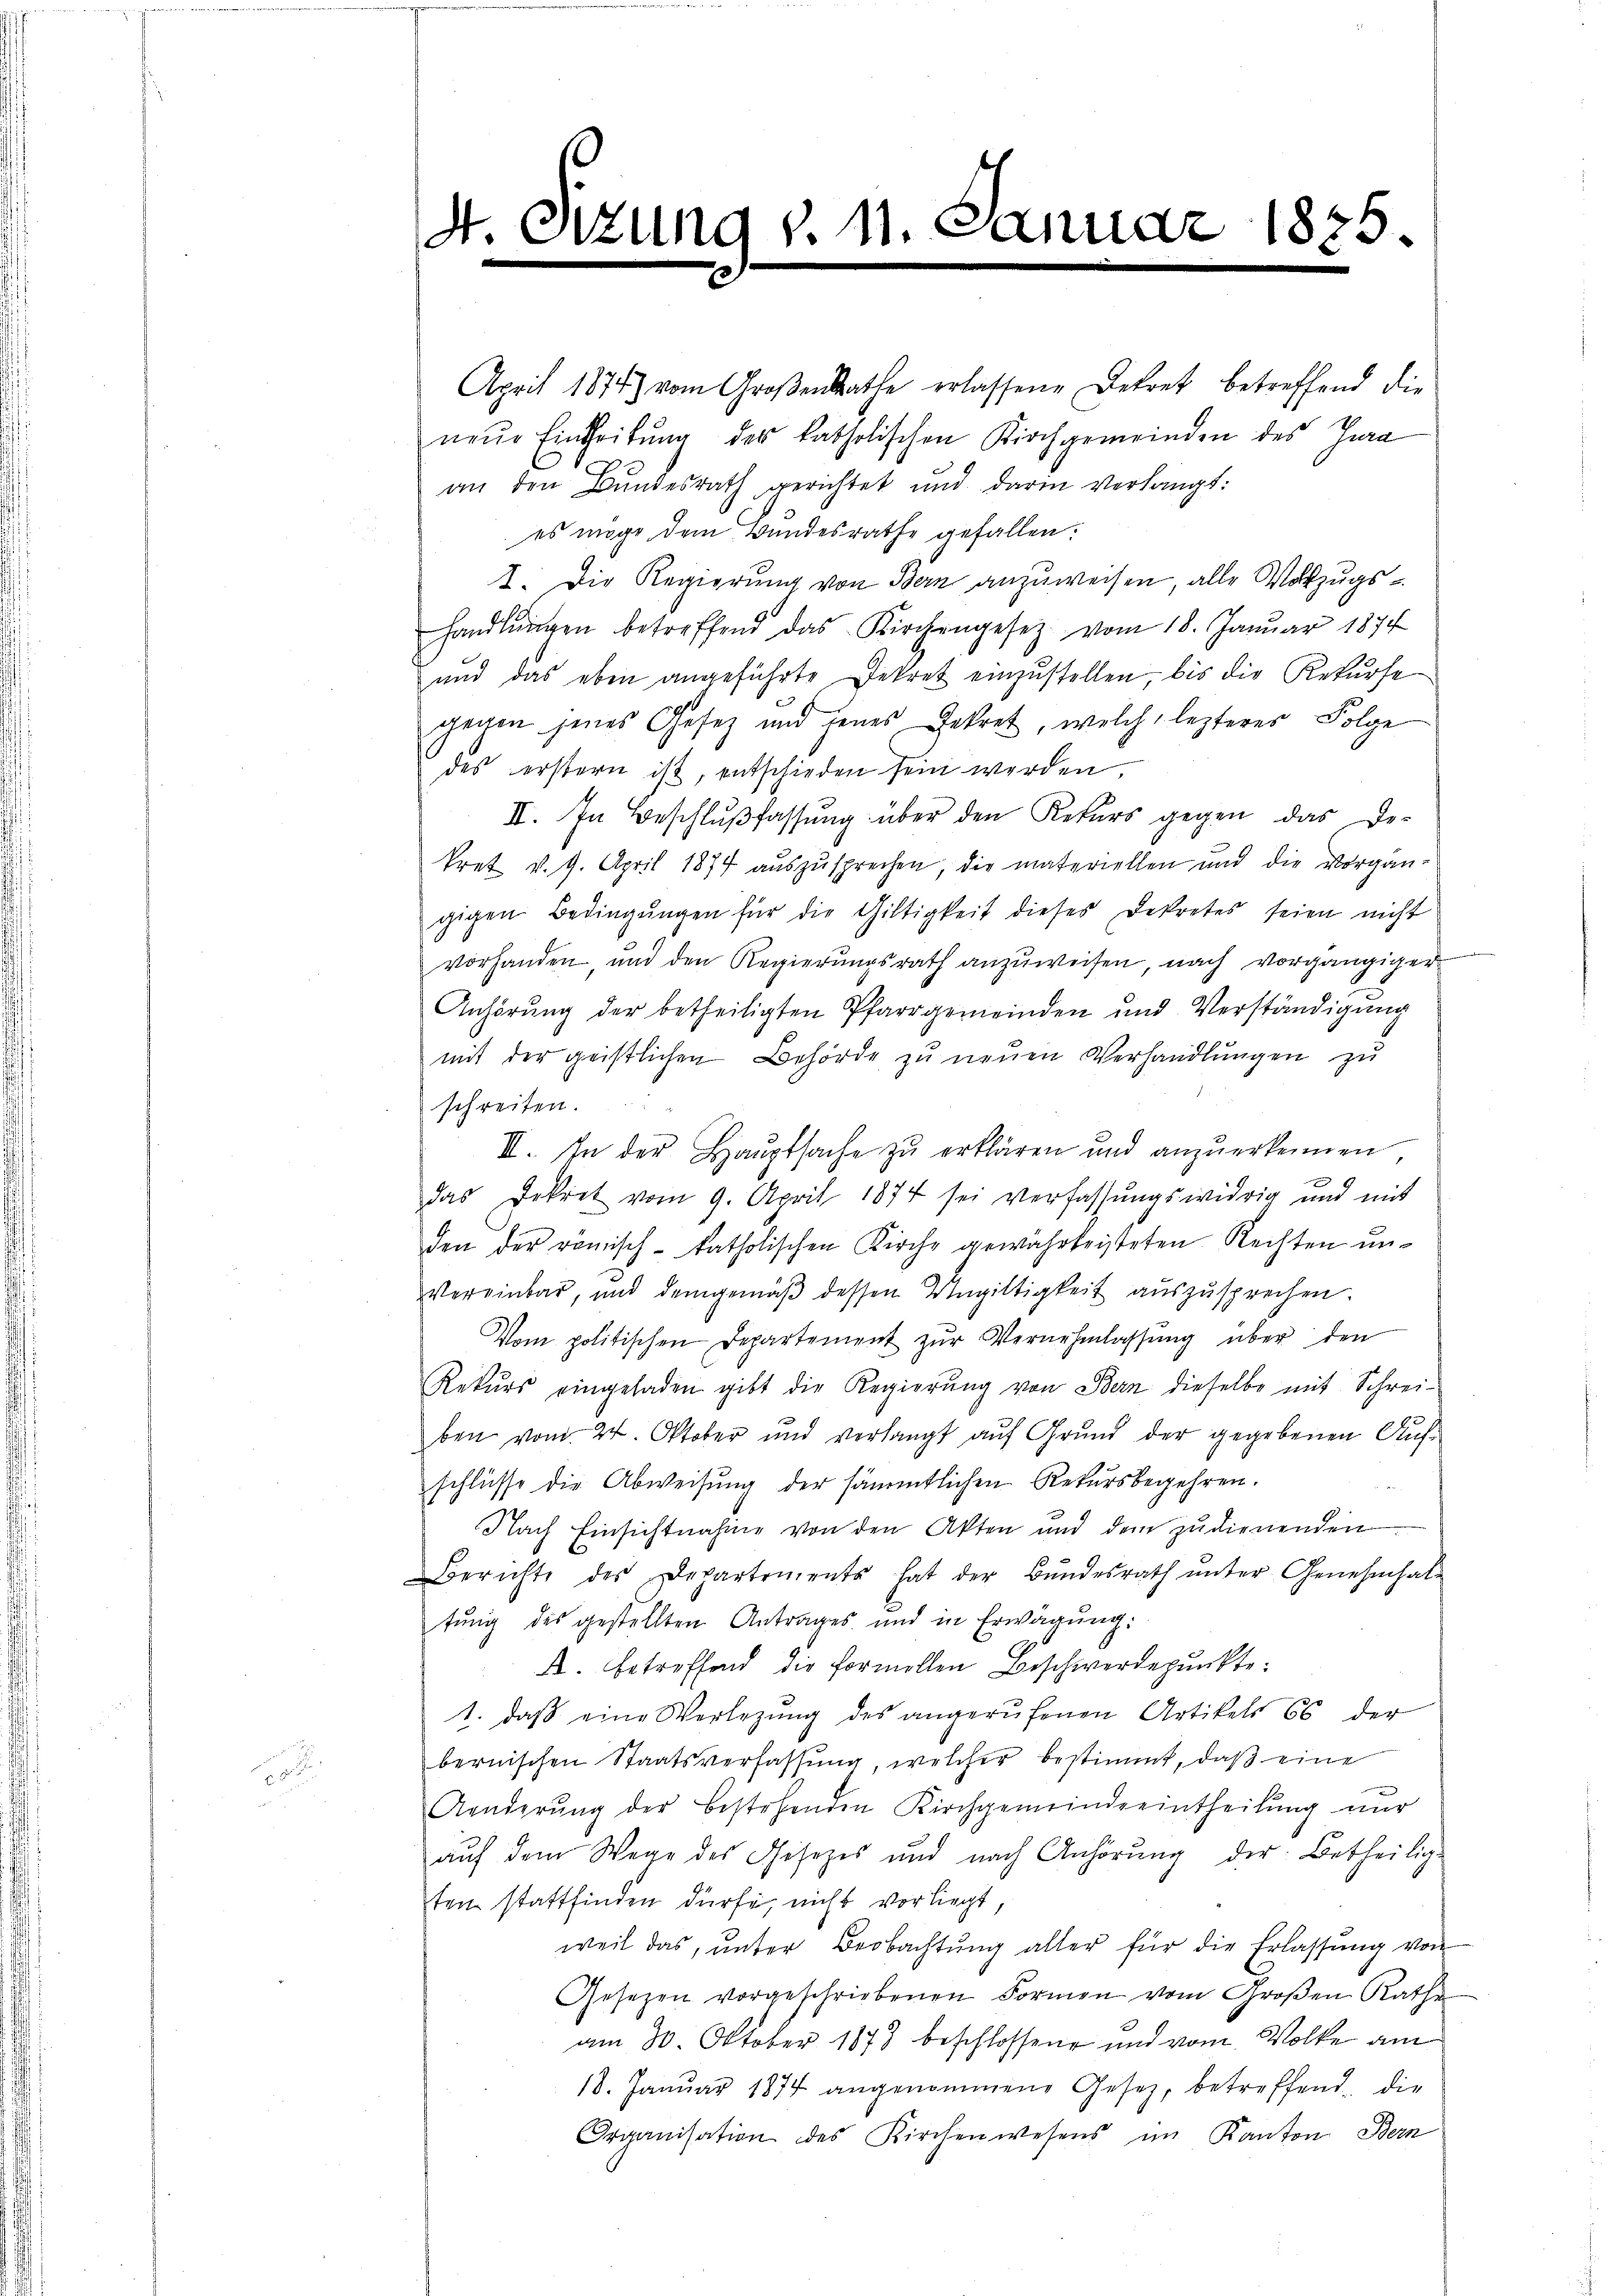
4. Di

zung v. 11. Janu

1885.

April 1874) vom Großentrathe erlassene Dekret betreffend die
neŭe Eintheilŭng der katholischen Kirchgemeinden des Jura
an den Bundesrath gerichtet und darin verlangt:
es möge dem Bundesrathe gefallen.
I. Die Regierung von Bern anzuweisen, alle Vollzugshandlŭngen betreffend das Kirchengesetz vom 18. Januar 1874
ŭnd das eben angeführte Dekret einzŭstellen, bis die Rekŭrse
gegen jenes Gesetz und jenes Gekret, welch lezterer Folge
des erstern ist, entschieden sein werden.
II. In Beschlußfassung über den Rekurs gegen das De-
kret v. 9. April 1874 auszusprechen, die materiellen und die Vorgän-
gigen Bedingŭngen für die Giltigkeit dieses Dekretes seien nicht
vorhanden, und den Regierungsrath anzuweisen, nach vorgängiger
Anhörung der betheiligten Pfarrgemeinden und Verständigung
mit der geistlichen Behörde zŭ neŭen Verhandlungen zu
schreiten.
III. In der Hauptsache zŭ erklären und anzŭerkennen,
x
das Dekret vom 9. April 1874 sei verfassungswidrig und mit
den der römisch-katholischen Kirche gewährleisteten Rechten ŭn-
Vereinbar, und demgemäß dessen Ungültigkeit auszusprechen.
Vom politischen Departement zŭr Vernehmlassŭng über den
Rekŭrs eingeladen gibt die Regierŭng von Bern dieselbe mit Schrei-
ben vom 24. Oktober und verlangt aŭf Grŭnd der gegebenen Aŭf-
schlüsse die Abweisung der sämmtlichen Rekursbegehren.
Nach Einsichtnahme von den Akten und dem zudienenden
Berichte des Departements hat der Bŭndesrath ŭnter Genehmhal-
tung des gestellten Antrages und in Erwägung:
A. betreffend die formellen Beschwerdepunkte:
1. daβ eine Verlegŭng des angerŭfenen Artikels 66 der
bernischen Staatsverfassŭng, welcher bestimmt, daß eine
Aenderung der bestehenden Kirchgemeindeeintheilung nur
auf dem Wege des Gesezes und nach Anhörŭng der Betheilig-
ten stattfinden dürfe, nicht vorliegt,
weil das ŭnter Beobachtŭng aller für die Erlassŭng von
Gesetzen vorgeschriebenen Formen vom Großen Rathe
am 30. Oktober 1873 beschlossene und vom Volke am
18. Januar 1874 angenommene Gesetz, betreffend die
Organisation des Kirchenwesens im Kanton Bern